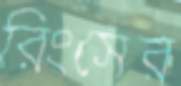
রিংসের